Insane asylums Bombay 1873-77 - 1873-1877
Year: 1873
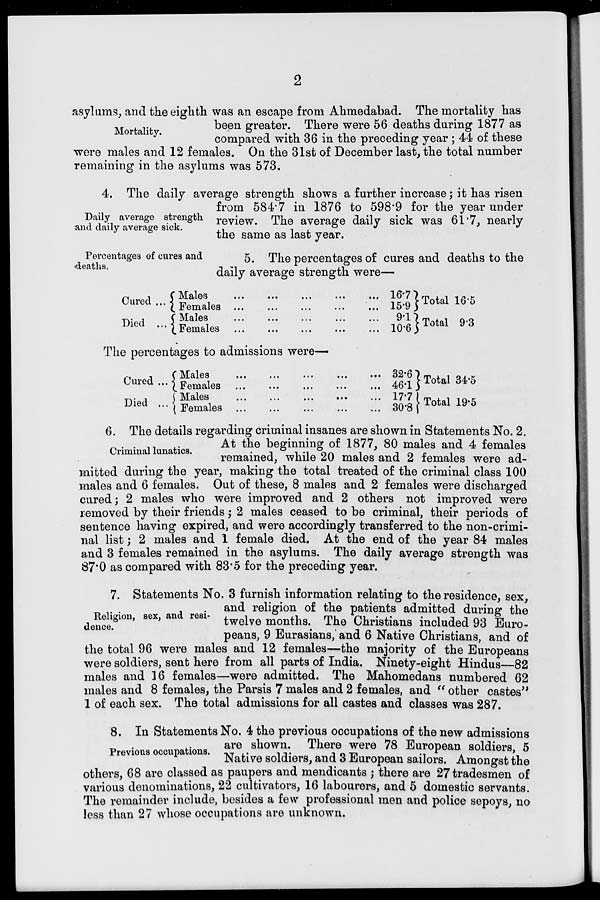
2
Mortality.
asylums, and the eighth was an escape from Ahmedabad. The mortality has
been greater. There were 56 deaths during 1877 as
compared with 36 in the preceding year ; 44 of these
were males and 12 females. On the 31st of December last, the total number
remaining in the asylums was 573.
Daily average strength
and daily average sick.
4. The daily average strength shows a further increase ; it has risen
from 584.7 in 1876 to 598.9 for the year under
review. The average daily sick was 61.7, nearly
the same as last year.
Percentages of cures and
deaths.
5. The percentages of cures and deaths to the
daily average strength were—
Cured ...
Died ...
Mal es
...
...
...
...
...
Females
...
...
...
...
...
Males...
...
...
...
...
Females
...
...
...
...
...
16.7
15.9
9.1
10.6
Total 16.5
Total 9.3
The percentages to admissions were—
Cured ...
Died ...
Males...
...
...
...
...
Females
...
...
...
...
...
Males
...
...
...
...
...
Females
...
...
...
...
...
32.6
46.1
17.7
30.8
Total 34.5
Total 19.5
Criminal lunatics.
6. The details regarding criminal insanes are shown in Statements No. 2.
At the beginning of 1877, 80 males and 4 females
remained, while 20 males and 2 females were ad-
mitted during the year, making the total treated of the criminal class 100
males and 6 females. Out of these, 8 males and 2 females were discharged
cured; 2 males who were improved and 2 others not improved were
removed by their friends ; 2 males ceased to be criminal, their periods of
sentence having expired, and were accordingly transferred to the non-crimi-
nal list ; 2 males and 1 female died. At the end of the year 84 males
and 3 females remained in the asylums. The daily average strength was
87.0 as compared with 83.5 for the preceding year.
Religion, sex, and resi-
dence.
7. Statements No. 3 furnish information relating to the residence, sex,
and religion of the patients admitted during the
twelve months. The Christians included 93 Euro-
peans, 9 Eurasians, and 6 Native Christians, and of
the total 96 were males and 12 females—the majority of the Europeans
were soldiers, sent here from all parts of India. Ninety-eight Hindus 82
males and 16 females—were admitted. The Mahomedans numbered 62
males and 8 females, the Parsis 7 males and 2 females, and "other castes"
1 of each sex. The total admissions for all castes and classes was 287.
Previous occupations.
8. In Statements No. 4 the previous occupations of the new admissions
are shown. There were 78 European soldiers, 5
Native soldiers, and 3 European sailors. Amongst the
others, 68 are classed as paupers and mendicants ; there are 27 tradesmen of
various denominations, 22 cultivators, 16 labourers, and 5 domestic servants.
The remainder include, besides a few professional men and police sepoys, no
less than 27 whose occupations are unknown.